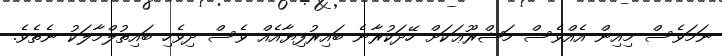
ނަމަވެސް މިއިން އެއްވެސް މަޝްރޫޢަކަށް ހޭދަކުރާނެ ބައިރުފިޔާއެއް ވެސް ދިވެހި ބައިތުލްމާލަކު ނެތެވެ.